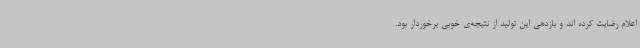
اعلام رضایت کرده اند و بازدهی این تولید از نتیجه‌ی خوبی برخوردار بود.